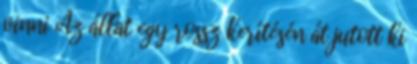
vinni Az állat egy rossz kerítésén át jutott ki